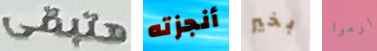
هتبقى أنجزته بخير ارموا